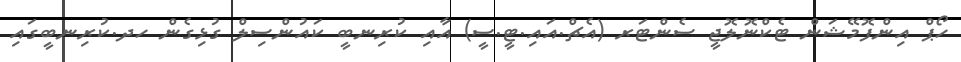
ހޯޕް އިންފޮމޭޝަން ޓެކްނޮލޮޖީ ސެންޓަރ (އެޗް.އައި.ޓީ.ސީ) އާއި ކުރިނބީ ކައުންސިލް ގުޅިގެން ހދ.ކުރިނބީގައި